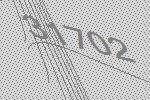
31702